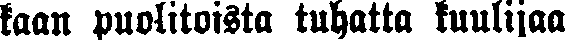
kaan puolitoista tuhatta kuulijaa